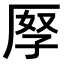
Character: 𠩨